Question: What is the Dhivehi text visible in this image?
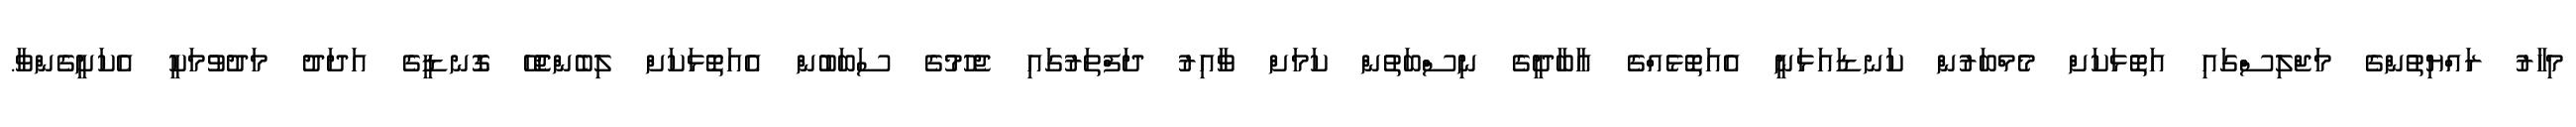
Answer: މިހާރު ރައްޔިތުންގެ މަޖްލިސްގައި އަތޮޅަކަށް މެމްބަރުން ކަނޑައަޅަނީ އެއަތޮޅެއްގެ އާބާދީގެ ނިސްބަތުން ކަމަށް ވާއިރު ދަފްތަރުގައި ޖެހުމުގެ ސަބަބުން އެއަތޮޅަކަށް ލިބެންޖެހޭ ގޮނޑީގެ އަދަދު މަދުވުމަކީ އެކަށީގެންވާ.